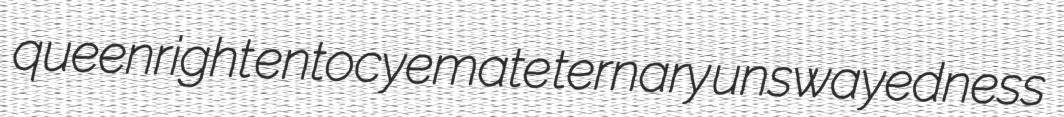
queenright entocyemate ternary unswayedness